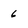
Character: 6